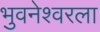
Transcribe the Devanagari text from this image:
भुवनेश्वरला